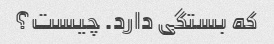
که بستگی دارد. چیست؟